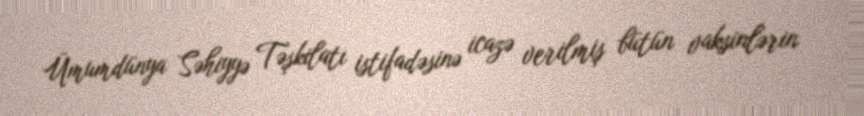
Ümumdünya Səhiyyə Təşkilatı istifadəsinə icazə verilmiş bütün vaksinlərin